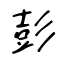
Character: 彭